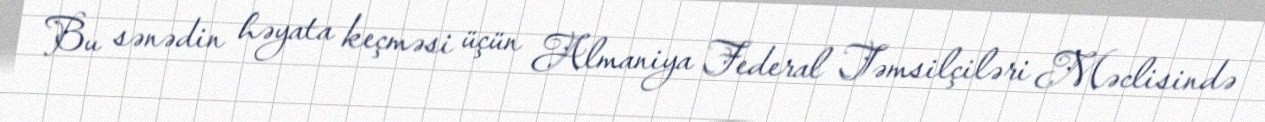
Bu sənədin həyata keçməsi üçün Almaniya Federal Təmsilçiləri Məclisində